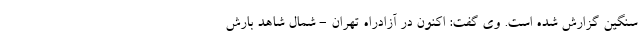
سنگین گزارش شده است. وی گفت: اکنون در آزادراه تهران - شمال شاهد بارش